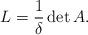
LaTeX: \begin{align*}L=\frac{1}{\delta} \det A.\end{align*}